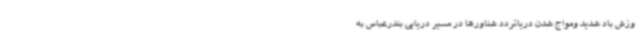
وزش باد شدید ومواج شدن دریاتردد شناورها در مسیر دریایی بندرعباس به